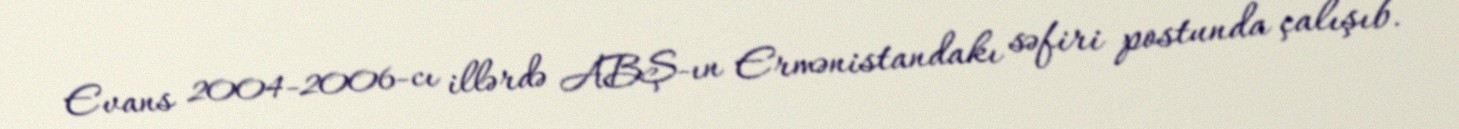
Evans 2004-2006-cı illərdə ABŞ-ın Ermənistandakı səfiri postunda çalışıb.